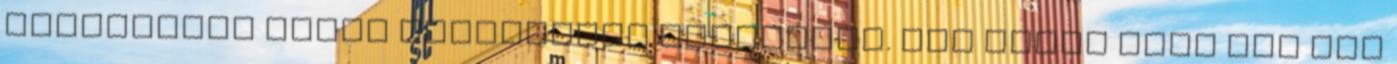
egyesületi forma áttételein keresztül. Így immár évek óta azt